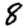
Digit: 8